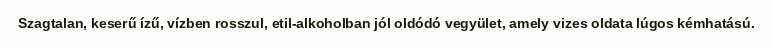
Szagtalan, keserű ízű, vízben rosszul, etil-alkoholban jól oldódó vegyület, amely vizes oldata lúgos kémhatású.